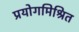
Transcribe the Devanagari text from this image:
प्रयोगमिश्रित